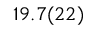
1 9 . 7 ( 2 2 )